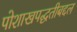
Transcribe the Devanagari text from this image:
पोशाखपद्धतीबद्दल